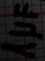
Text: 1µF